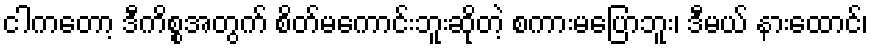
ငါကတော့ ဒီကိစ္စအတွက် စိတ်မကောင်းဘူးဆိုတဲ့ စကားမပြောဘူး၊ ဒီမယ် နားထောင်၊